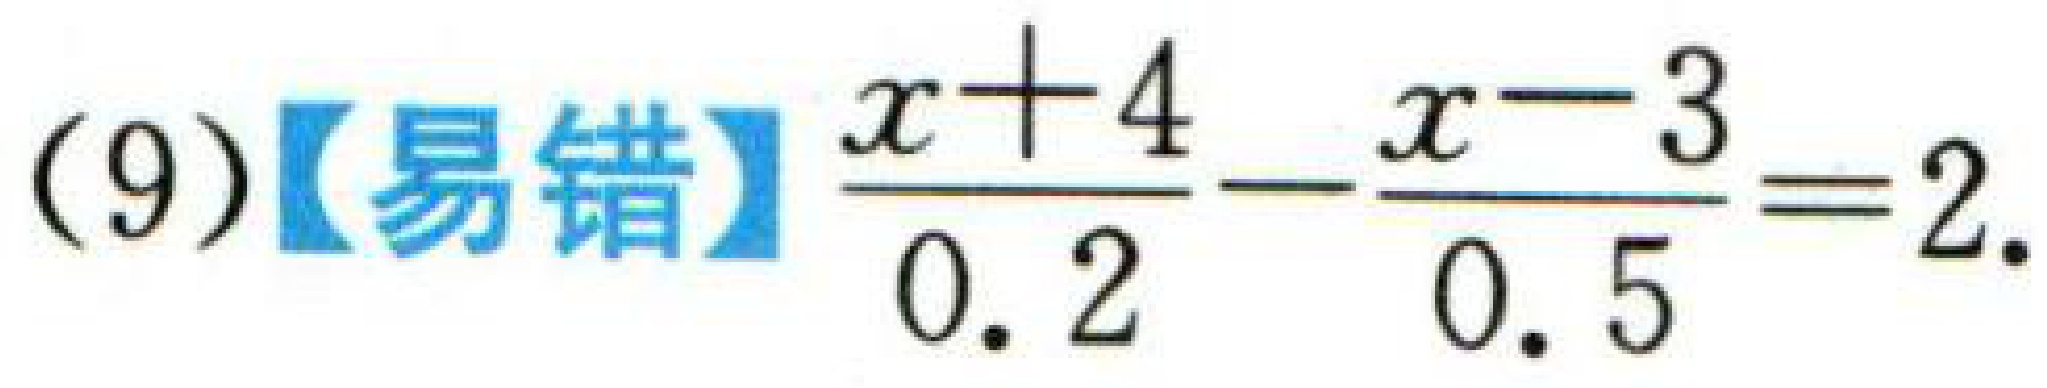
(9)【易错】$\dfrac{x + 4}{0.2}-\dfrac{x - 3}{0.5}=2$.